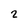
Character: 2